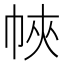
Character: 𢂿